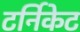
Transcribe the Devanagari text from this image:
टर्निकेट